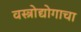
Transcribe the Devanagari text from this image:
वस्त्रोद्योगाचा